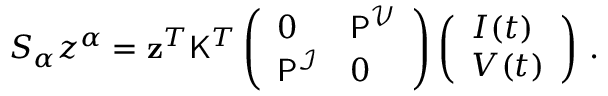
\begin{array} { r } { S _ { \alpha } z ^ { \alpha } = \mathbf { z } ^ { T } \mathsf { K } ^ { T } \left( \begin{array} { l l } { 0 } & { \mathsf { P } ^ { \mathcal { V } } } \\ { \mathsf { P } ^ { \mathcal { I } } } & { 0 } \end{array} \right) \left( \begin{array} { l } { \boldsymbol { I } ( t ) } \\ { \boldsymbol { V } ( t ) } \end{array} \right) \, . } \end{array}